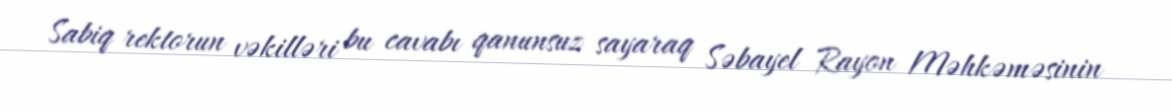
Sabiq rektorun vəkilləri bu cavabı qanunsuz sayaraq Səbayel Rayon Məhkəməsinin